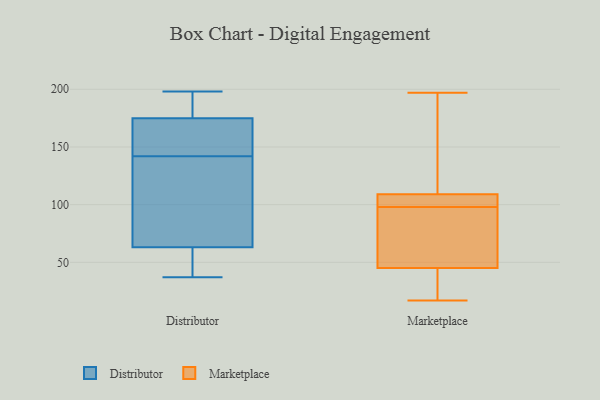
{"axis": {"x": "Conversion Rate (%)", "y": "Value"}, "legend": ["Distributor", "Marketplace"], "data": [{"x": "", "y": 60, "type": "Distributor"}, {"x": "", "y": 172, "type": "Distributor"}, {"x": "", "y": 184, "type": "Distributor"}, {"x": "", "y": 64, "type": "Distributor"}, {"x": "", "y": 198, "type": "Distributor"}, {"x": "", "y": 142, "type": "Distributor"}, {"x": "", "y": 37, "type": "Distributor"}, {"x": "", "y": 189, "type": "Distributor"}, {"x": "", "y": 169, "type": "Distributor"}, {"x": "", "y": 78, "type": "Distributor"}, {"x": "", "y": 134, "type": "Distributor"}, {"x": "", "y": 42, "type": "Distributor"}, {"x": "", "y": 156, "type": "Distributor"}, {"x": "", "y": 72, "type": "Marketplace"}, {"x": "", "y": 17, "type": "Marketplace"}, {"x": "", "y": 96, "type": "Marketplace"}, {"x": "", "y": 107, "type": "Marketplace"}, {"x": "", "y": 109, "type": "Marketplace"}, {"x": "", "y": 155, "type": "Marketplace"}, {"x": "", "y": 41, "type": "Marketplace"}, {"x": "", "y": 100, "type": "Marketplace"}, {"x": "", "y": 45, "type": "Marketplace"}, {"x": "", "y": 101, "type": "Marketplace"}, {"x": "", "y": 154, "type": "Marketplace"}, {"x": "", "y": 197, "type": "Marketplace"}, {"x": "", "y": 27, "type": "Marketplace"}, {"x": "", "y": 62, "type": "Marketplace"}]}